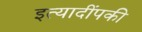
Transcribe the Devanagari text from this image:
इत्यादींपकी